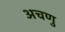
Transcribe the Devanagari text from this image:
अचणु